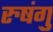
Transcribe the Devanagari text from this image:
रुषंगु